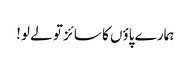
ہمارے پاؤں کا سائز تو لے لو!